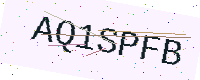
Text: AQ1SPFB